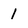
Character: 1